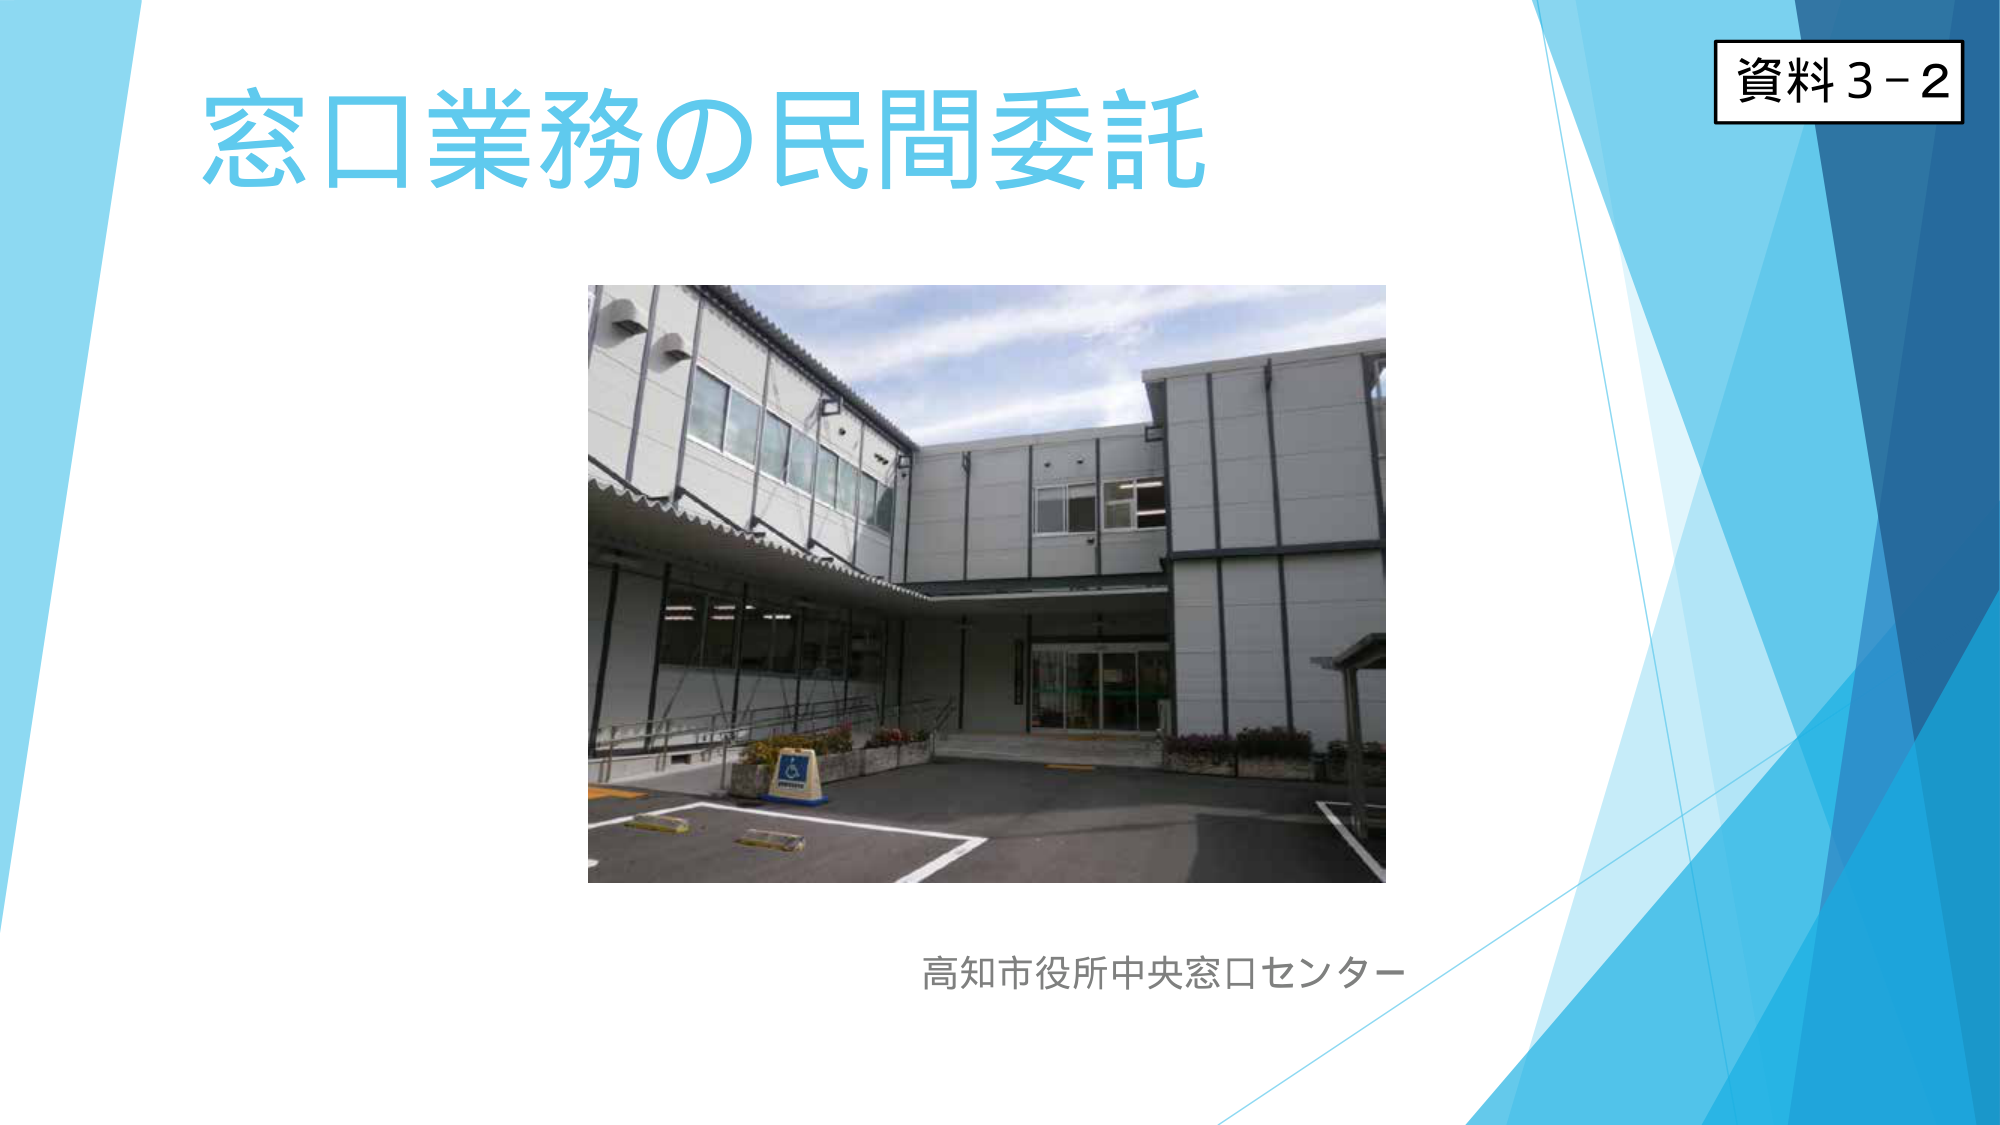
資料3-2
窓口業務の民間委託
高知市役所中央窓口センター